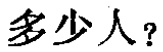
多少人？